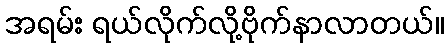
အရမ်း ရယ်လိုက်လို့ဗိုက်နာလာတယ်။